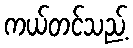
ကယ်တင်သည့်